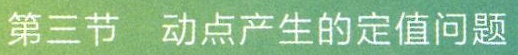
第三节  动点产生的定值问题